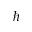
\hbar